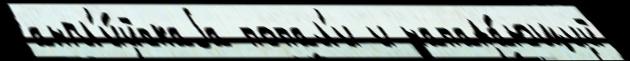
англ'и́йскаjа попал'и и напада́ющий